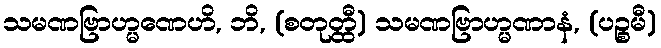
သမဏဗြာဟ္မဏေဟိ, ဘိ, (စတုတ္ထီ) သမဏဗြာဟ္မဏာနံ, (ပဉ္စမီ)